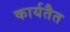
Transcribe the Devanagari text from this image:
कार्यतैत